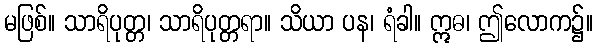
မဖြစ်။ သာရိပုတ္တ၊ သာရိပုတ္တရာ။ သိယာ ပန၊ ရံခါ။ ဣဓ၊ ဤလောက၌။